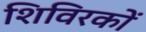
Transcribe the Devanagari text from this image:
शिविरकों